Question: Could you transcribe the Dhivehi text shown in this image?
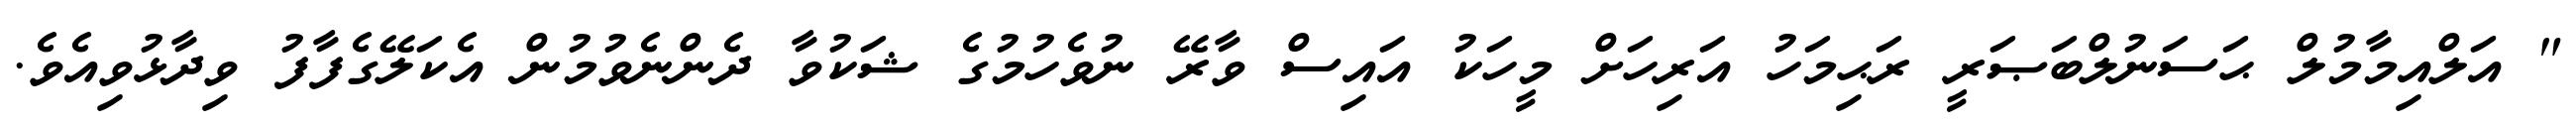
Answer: " އަލްއިމާމުލް ޙަސަނުލްބަޞަރީ ރަޙިމަހު އަރިހަށް މީހަކު އައިސް ވާރޭ ނުވެހުމުގެ ޝަކުވާ ދެންނެވުމުން އެކަލޭގެފާފު ވިދާޅުވިއެވެ.